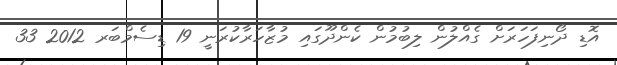
އޮޑި ދޯނިފަހަރަށް ގެއްލުން ލިބުމުން ކެންދޫގައި މުޒާހަރާކުރަނީ 19 ޑިސެމްބަރ 2012 33